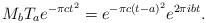
LaTeX: \begin{align*}M_b T_a e^{-\pi c t^2} = e^{-\pi c (t-a)^2}e^{2 \pi i b t}.\end{align*}